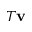
T \mathbf { v }